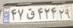
۴۷ق۴۲۴۲۹